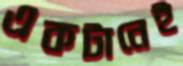
একটানেই